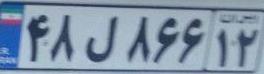
۴۸ل۸۶۶۱۲